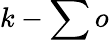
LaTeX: k-\sum o